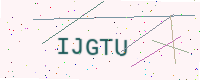
Text: IJGTU